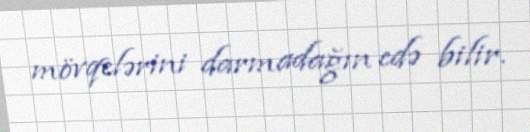
mövqelərini darmadağın edə bilir.